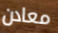
معادن